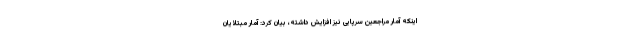
اینکه آمار مراجعین سرپایی نیز افزایش داشته، بیان کرد: آمار مبتلایان